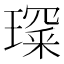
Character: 𤨺